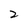
Character: 2